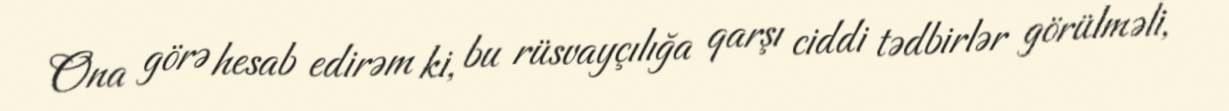
Ona görə hesab edirəm ki, bu rüsvayçılığa qarşı ciddi tədbirlər görülməli,